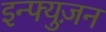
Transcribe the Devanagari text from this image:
इन्फ्युज़न